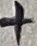
Text: +